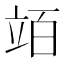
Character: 竡